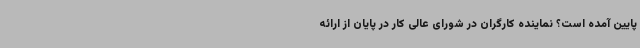
پایین آمده است؟ نماینده کارگران در شورای عالی کار در پایان از ارائه